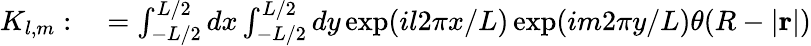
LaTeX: \begin{array}{rl}{K_{l,m}:}&{{}=\int_{-L/2}^{L/2}dx\int_{-L/2}^{L/2}dy\exp(il2\pi x/L)\exp(im2\pi y/L)\theta(R-|\mathbf{r}|)}\end{array}